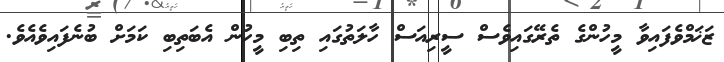
ޒަޚަމްވެފައިވާ މީހުންގެ ތެރޭގައިވެސް ސީރިއަސް ހާލަތުގައި ތިބި މީހުން އެބަތިބި ކަމަށް ބުނެފައިވެއެވެ.